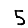
Digit: 5